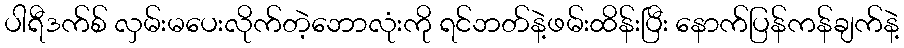
ပါရီဒက်စ် လှမ်းမပေးလိုက်တဲ့ဘောလုံးကို ရင်ဘတ်နဲ့ဖမ်းထိန်းပြီး နောက်ပြန်ကန်ချက်နဲ့